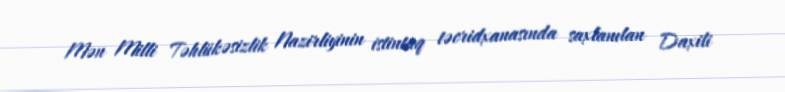
Mən Milli Təhlükəsizlik Nazirliyinin istintaq təcridxanasında saxlanılan Daxili